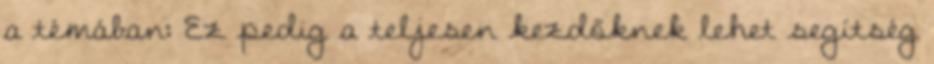
a témában: Ez pedig a teljesen kezdőknek lehet segítség